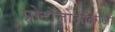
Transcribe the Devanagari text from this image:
प्रोटोज़ोऑलोजी